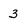
Character: 3